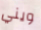
ويني